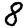
Digit: 8